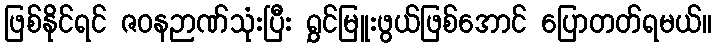
ဖြစ်နိုင်ရင် ဇဝနဉာဏ်သုံးပြီး ရွှင်မြူးဖွယ်ဖြစ်အောင် ပြောတတ်ရမယ်။